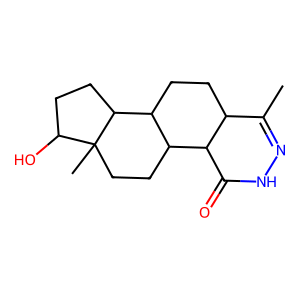
SMILES: CC1=NNC(=O)C2C1CCC1C2CCC2(C)C(O)CCC12
Inhibits HIV replication: No